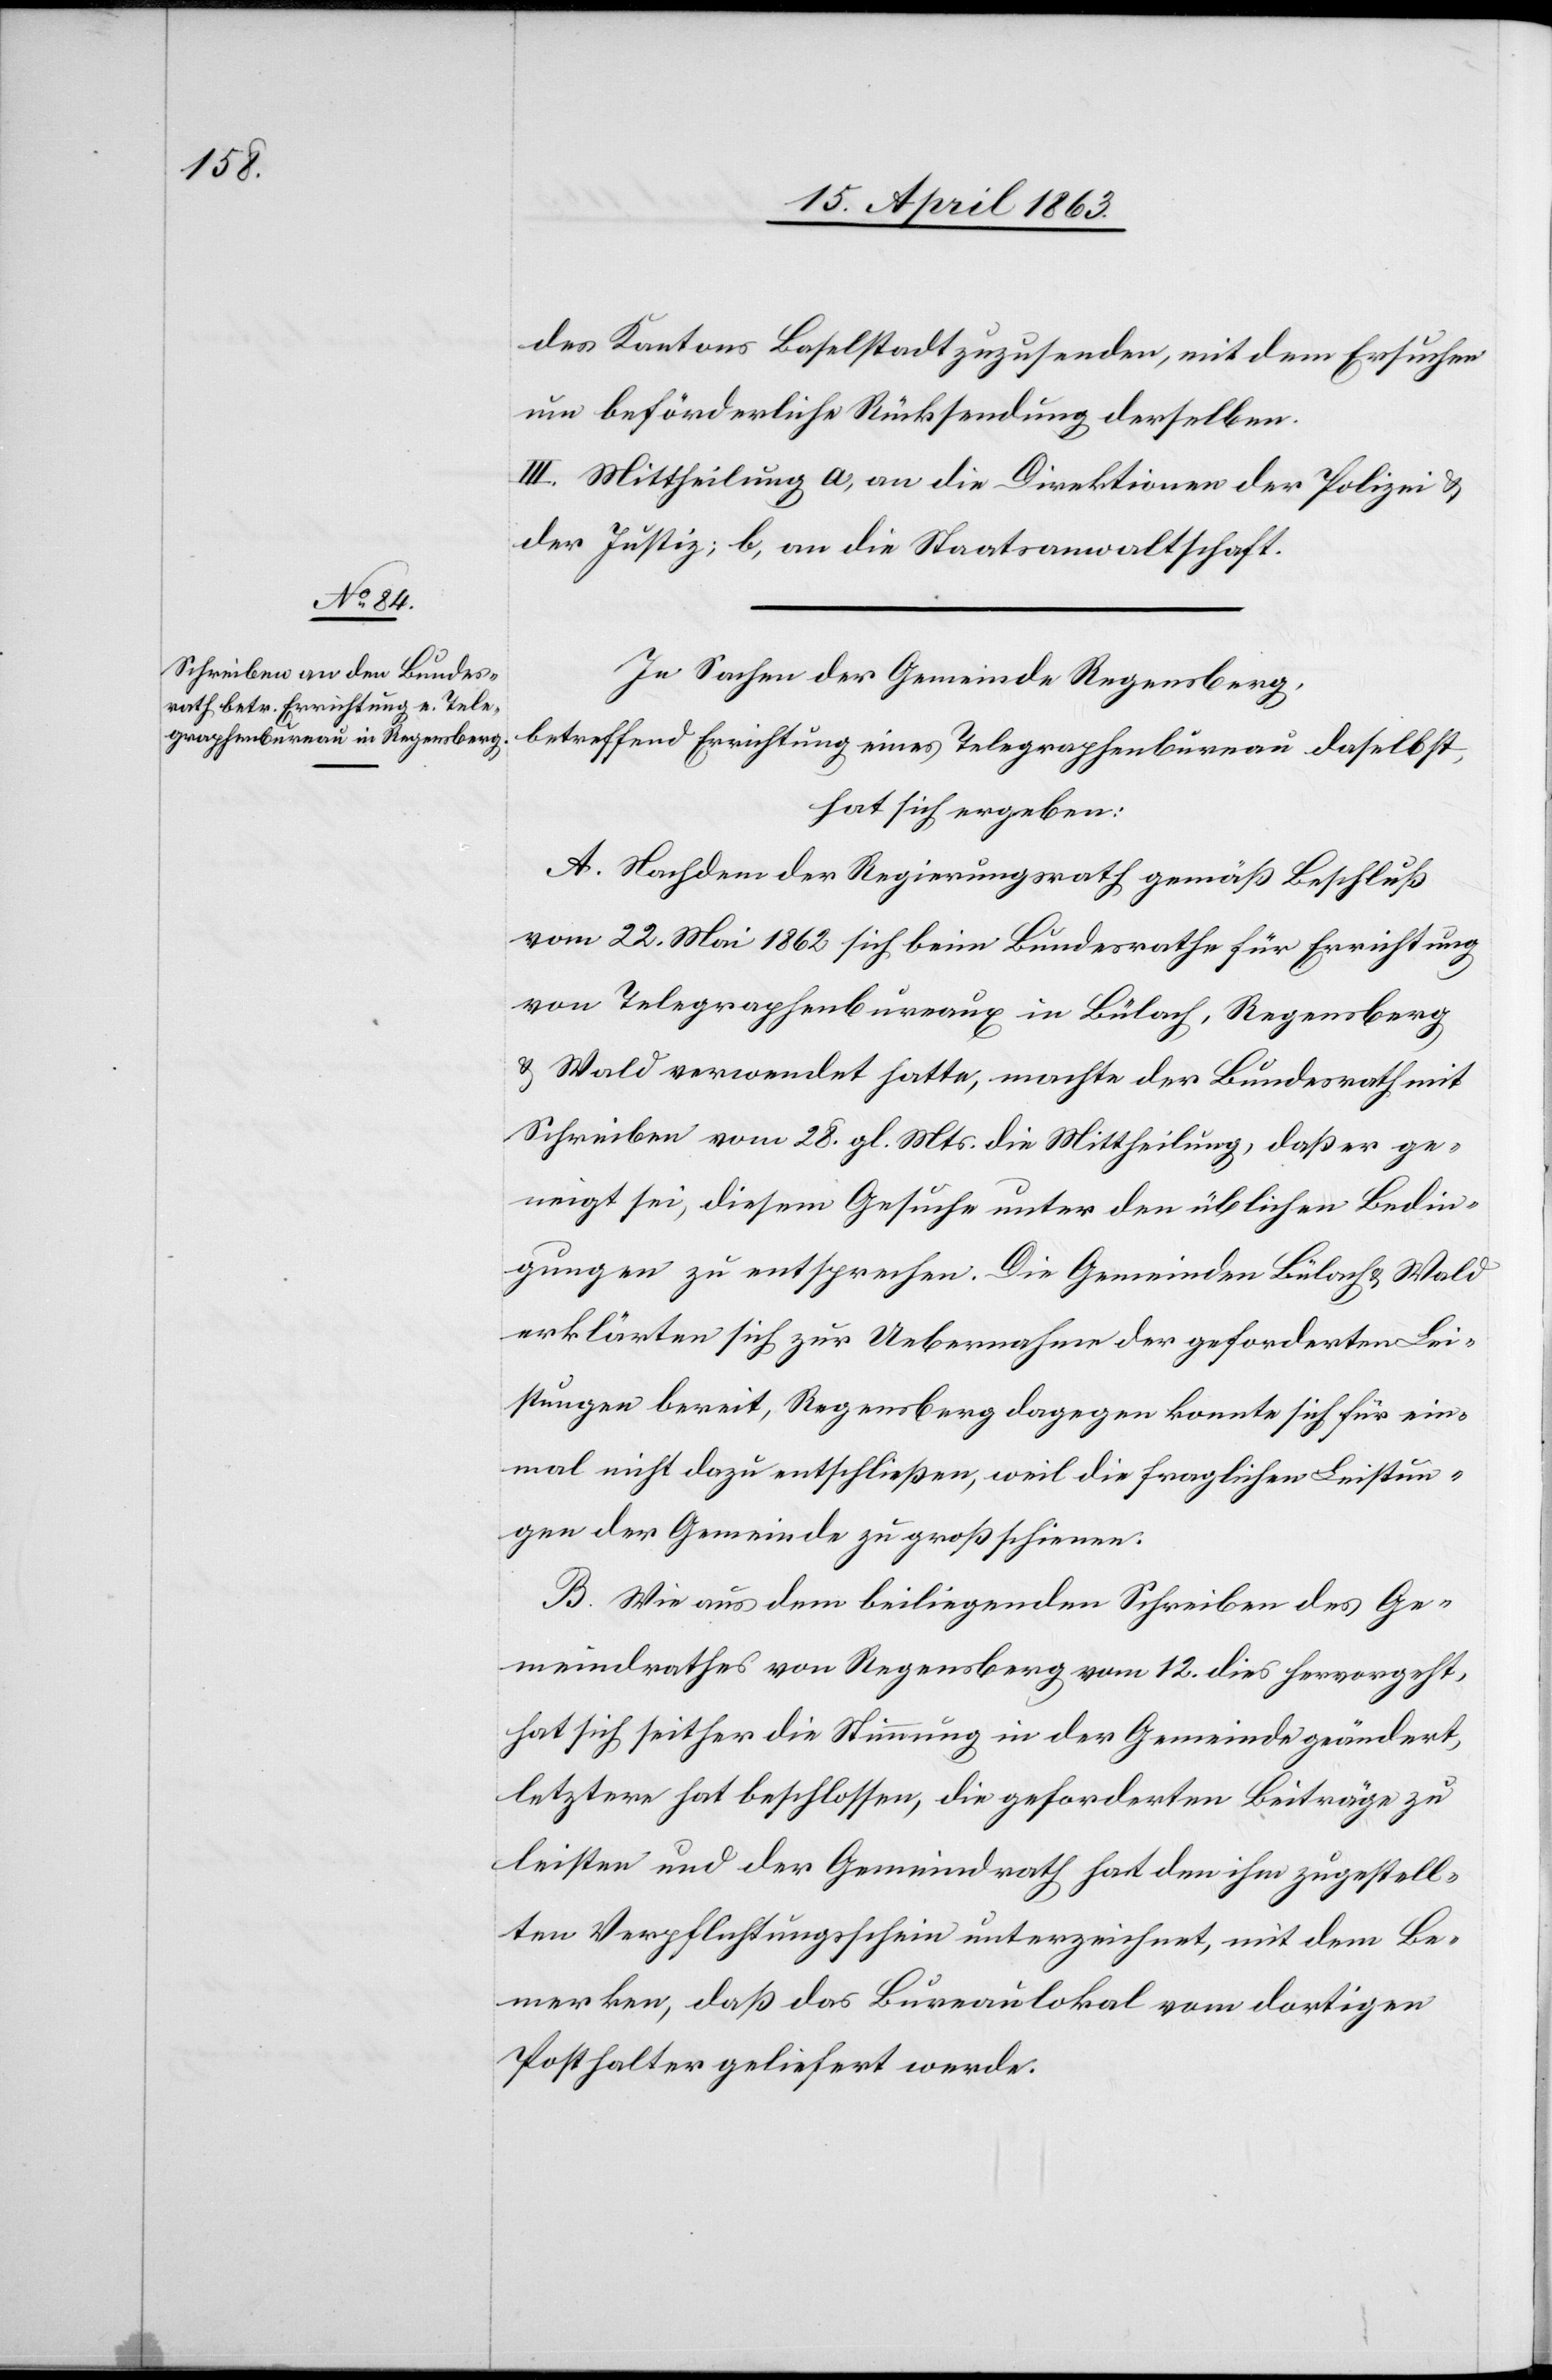
des Kantons Baselstadt zuzusenden, mit dem Ersuchen
um beförderliche Rücksendung derselben.
III. Mittheilung a) an die Direktionen der Polizei &
der Justiz; b) an die Staatsanwaltschaft.
In Sachen der Gemeinde Regensberg,
betreffend Errichtung eines Telegraphenbureau daselbst,
hat sich ergeben:
A. Nachdem der Regierungsrath gemäß Beschluß
vom 22. Mai 1862 sich beim Bundesrathe für Errichtung
von Telegraphenbureaux in Bülach, Regensberg
& Wald verwendet hatte, machte der Bundesrath mit
Schreiben vom 28. gl. Mts. die Mittheilung, daß er ge¬
neigt sei, diesem Gesuche unter den üblichen Bedin¬
gungen zu entsprechen. Die Gemeinden Bülach & Wald
erklärten sich zur Uebernahme der geforderten Lei¬
stungen bereit, Regensberg dagegen konnte sich für ein¬
mal nicht dazu entschließen, weil die fraglichen Leistun¬
gen der Gemeinde zu groß scheinen.
B. Wie aus dem beiliegenden Schrieben des Ge¬
meindrathes von Regensberg vom 12. dies hervorgeht,
hat sich seither die Stimmung in der Gemeinde geändert,
letztere hat beschlossen, die geforderten Beiträge zu
leisten und der Gemeindrath hat den ihm zugestell¬
ten Verpflichtungsschein unterzeichnet, mit dem Be¬
merken, daß das Bureaulokal vom dortigen
Posthalter geliefert werde.